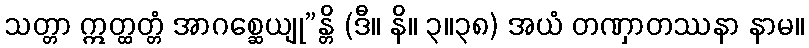
သတ္တာ ဣတ္ထတ္တံ အာဂစ္ဆေယျု”န္တိ (ဒီ။ နိ။ ၃။၃၈) အယံ တဏှာတဿနာ နာမ။